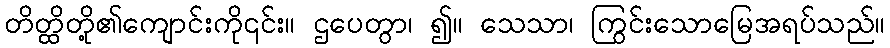
တိတ္ထိတို့၏ကျောင်းကို၎င်း။ ဌပေတွာ၊ ၍။ သေသာ၊ ကြွင်းသောမြေအရပ်သည်။